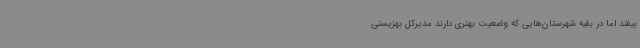
بیفتد اما در بقیه شهرستان‌هایی که وضعیت بهتری دارند مدیرکل بهزیستی